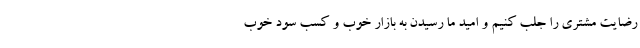
رضایت مشتری را جلب کنیم و امید ما رسیدن به بازار خوب و کسب سود خوب